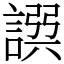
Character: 𧩿